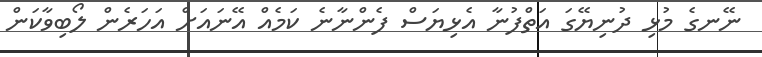
ނޭނގެ މުޅި ދުނިޔޭގަ އަތްފުނާ އެޅިޔަސް ފެންނާނެ ކަމެއް އޭނައަށް އަހަރެން ލޯބިވާކަން